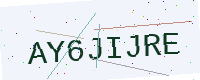
Text: AY6JIJRE